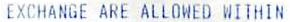
EXCHANGE ARE ALLOWED WITHIN